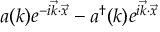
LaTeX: a ( k ) e ^ { - i \vec { k } \cdot \vec { x } } - a ^ { \dagger } ( k ) e ^ { i \vec { k } \cdot \vec { x } }